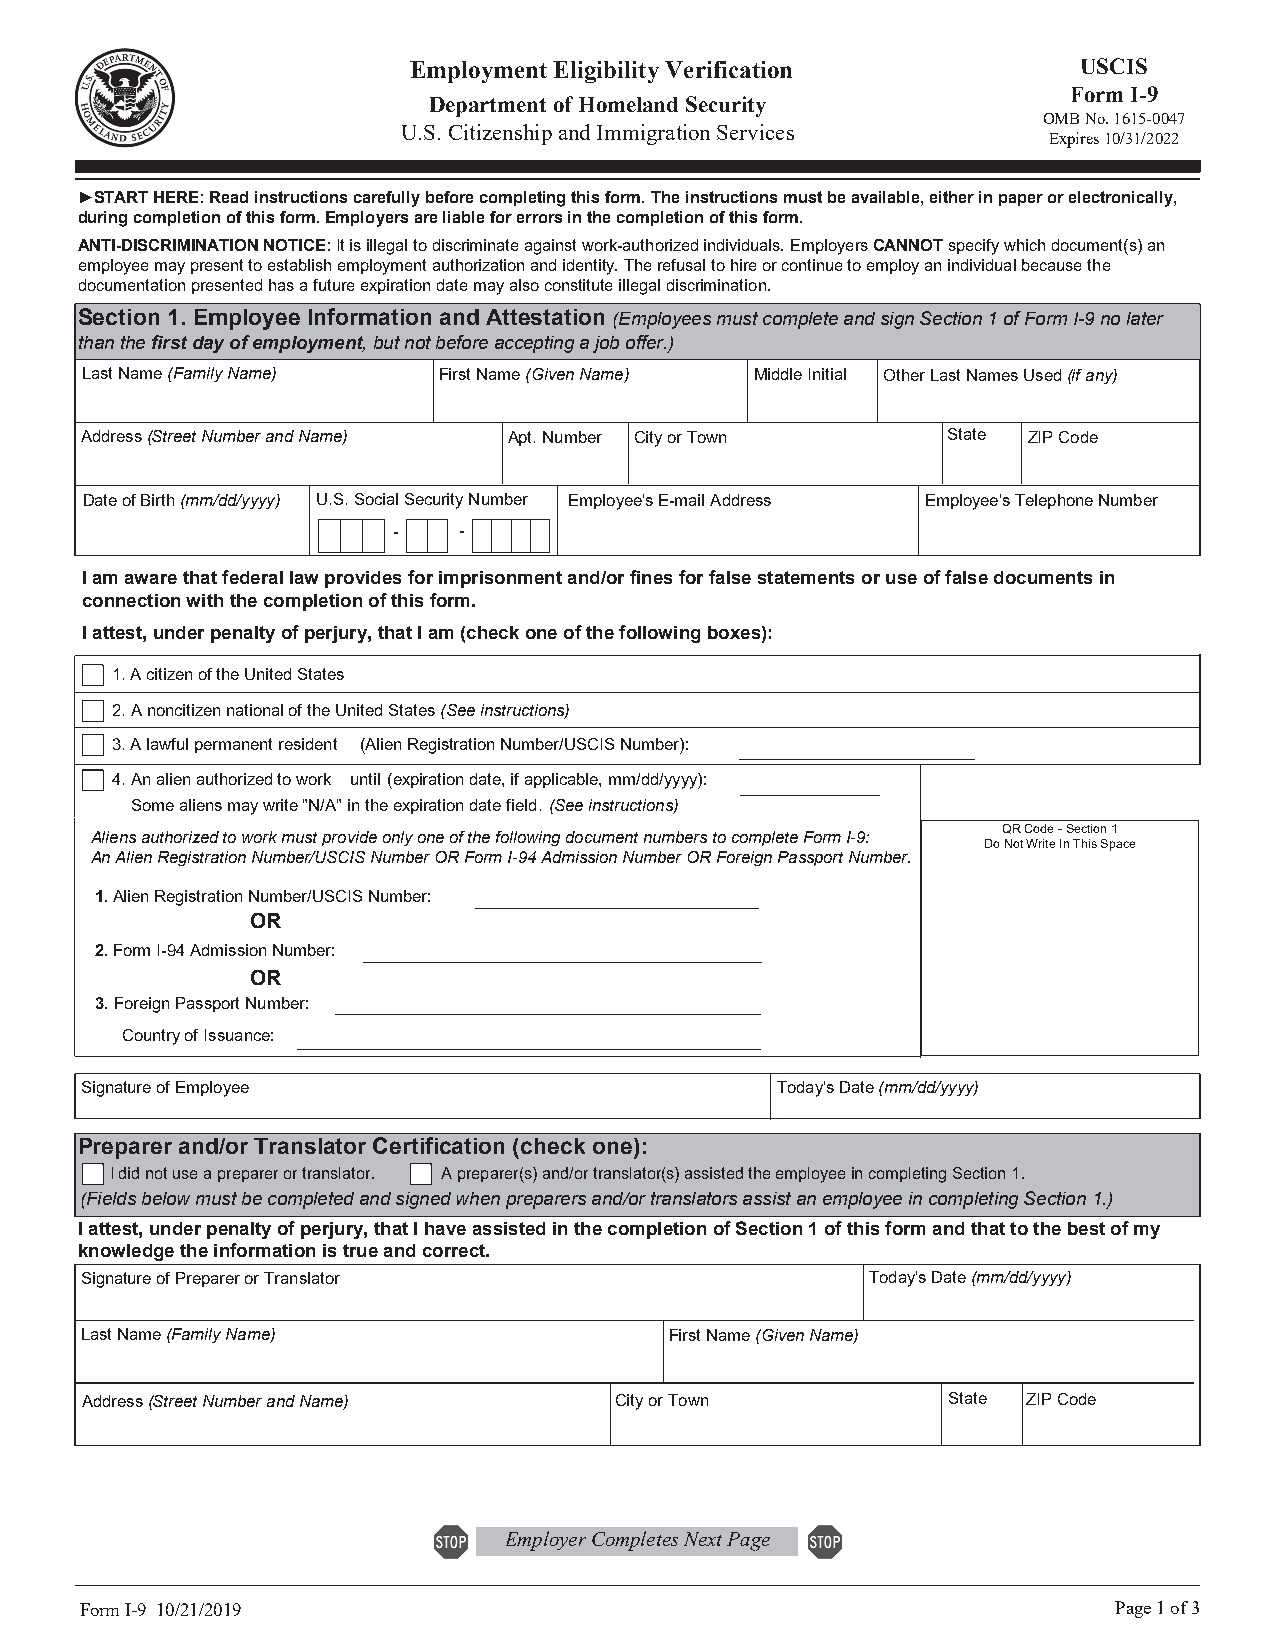
Employment Eligibility Verification          USCIS
 Form I-9
 Department of Homeland Security
 OMB No. 1615-0047
 U.S. Citizenship and Immigration Services
 Expires 10/31/2022
 ►START HERE: Read instructions carefully before completing this form. The instructions must be available, either in paper or electronically,
 during completion of this form. Employers are liable for errors in the completion of this form.
 ANTI-DISCRIMINATION NOTICE: It is illegal to discriminate against work-authorized individuals. Employers CANNOT specify which document(s) an
 employee may present to establish employment authorization and identity. The refusal to hire or continue to employ an individual because the
 documentation presented has a future expiration date may also constitute illegal discrimination.
 Section 1. Employee Information and Attestation (Employees must complete and sign Section 1 of Form I-9 no later
 than the first day of employment, but not before accepting a job offer.)
 Last Name (Family Name) First Name (Given Name) Middle Initial Other Last Names Used (if any)
 Address (Street Number and Name) Apt. Number City or Town State ZIP Code
 Date of Birth (mm/dd/yyyy) U.S. Social Security Number Employee's E-mail Address Employee's Telephone Number
 -   -
 I am aware that federal law provides for imprisonment and/or fines for false statements or use of false documents in
 connection with the completion of this form.
 I attest, under penalty of perjury, that I am (check one of the following boxes):
 1. A citizen of the United States
 2. A noncitizen national of the United States (See instructions)
 3. A lawful permanent resident (Alien Registration Number/USCIS Number):
 4. An alien authorized to work until (expiration date, if applicable, mm/dd/yyyy):
 Some aliens may write "N/A" in the expiration date field. (See instructions)
 Aliens authorized to work must provide only one of the following document numbers to complete Form I-9: QR Code - Section 1
 Do Not Write In This Space
 An Alien Registration Number/USCIS Number OR Form I-94 Admission Number OR Foreign Passport Number.
 1. Alien Registration Number/USCIS Number:
 OR
 2. Form I-94 Admission Number:
 OR
 3. Foreign Passport Number:
 Country of Issuance:
 Signature of Employee                         Today's Date (mm/dd/yyyy)
 Preparer and/or Translator Certification (check one):
 I did not use a preparer or translator. A preparer(s) and/or translator(s) assisted the employee in completing Section 1.
 (Fields below must be completed and signed when preparers and/or translators assist an employee in completing Section 1.)
 I attest, under penalty of perjury, that I have assisted in the completion of Section 1 of this form and that to the best of my
 knowledge the information is true and correct.
 Signature of Preparer or Translator                  Today's Date (mm/dd/yyyy)
 Last Name (Family Name)                First Name (Given Name)
 Address (Street Number and Name)    City or Town          State ZIP Code
 Employer Completes Next Page
 Form I-9 10/21/2019                                                  Page 1 of 3